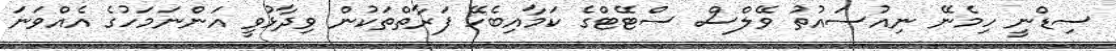
ސިޑްނީ ހިމެނޭ ނިއުސައުތު ވޭލްސް ސްޓޭޓްގެ ކަމާއިބެހޭ ފަރާތްތަކުން ވިދާޅުވީ އަންނަމަހުގެ އެއްވަނަ